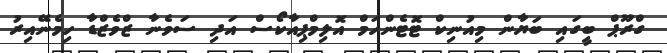
ގްރޫޕް ބީގައި ބަޔާން މިއުނިކް ޓޮޓެންހަމް އޮލިމްޕިއާކޯސް އަދި ސަވެނާ ޒްވެޒްޑާ ހިމެނޭއިރު